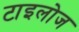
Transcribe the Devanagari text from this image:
टाइलोज